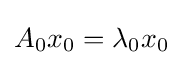
A_{0}x_{0}=\lambda _{0}x_{0}